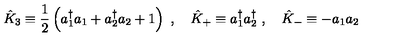
{ \hat { K } } _ { 3 } \equiv { \frac { 1 } { 2 } } \left( a _ { 1 } ^ { \dagger } a _ { 1 } + a _ { 2 } ^ { \dagger } a _ { 2 } + 1 \right) \ , \quad { \hat { K } } _ { + } \equiv a _ { 1 } ^ { \dagger } a _ { 2 } ^ { \dagger } \ , \quad { \hat { K } } _ { - } \equiv - a _ { 1 } a _ { 2 }